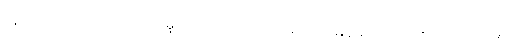
ထိုသို့ သိပ္ပံဆိုင်ရာလေ့လာမှုပြုလုပ်သည့် ပညာရပ်ကို မြန်မာဘာသာစကားအားဖြင့်